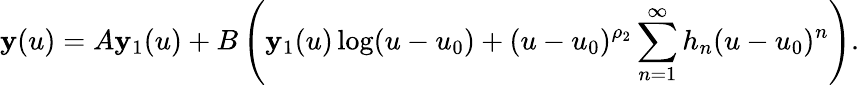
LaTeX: \mathbf{y}(u)=A\mathbf{y}_{1}(u)+B\left(\mathbf{y}_{1}(u)\log(u-u_{0})+(u-u_{0})^{\rho_{2}}\sum_{n=1}^{\infty}h_{n}(u-u_{0})^{n}\right).